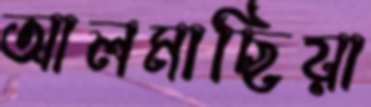
আলমাছিয়া